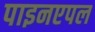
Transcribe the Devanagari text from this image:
पाइनएपल